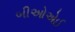
બીઓએઈ